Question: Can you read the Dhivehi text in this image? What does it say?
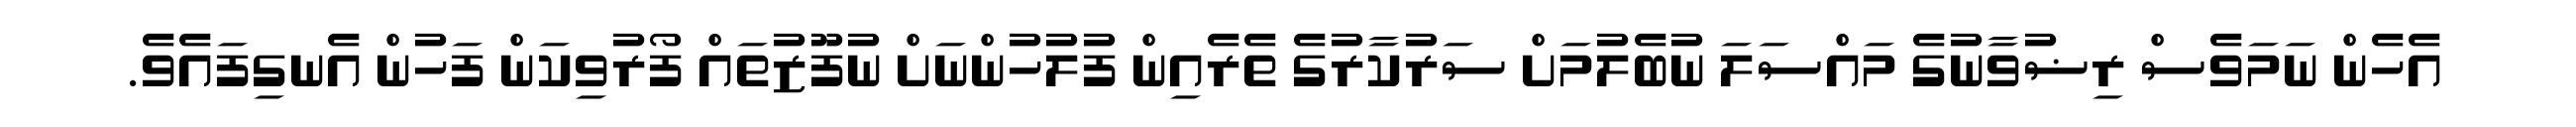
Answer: އެހެން ނަމަވެސް ރިޟުވާނުގެ މައްސަލަ ނުބެލުމަށް ސަރުކާރުގެ ތެރެއިން ފުލުހުންނަށް ނުފޫޒުތައް ފޯރުވިކަން ފަހުން އެނގިފައެވެ.